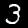
Digit: 3